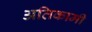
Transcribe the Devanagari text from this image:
अतिकामी